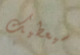
سيعطيك